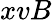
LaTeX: xvB